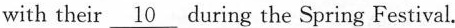
with their \underline{10} during the Spring Festival.